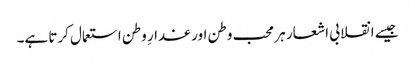
جیسے انقلابی اشعار ہر محب وطن اور غدارِ وطن استعمال کرتا ہے۔